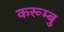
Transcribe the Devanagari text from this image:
करूम्बु